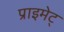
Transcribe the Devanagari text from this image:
प्राइमेट्